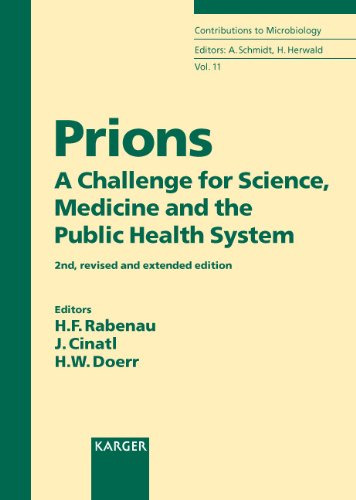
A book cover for Prions: A Challenge for Science, Medicine and the Public Health System (Contributions to Microbiology, Vol. 11) (v. 11); Medical Books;